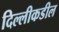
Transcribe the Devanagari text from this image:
दिल्लीकडील